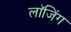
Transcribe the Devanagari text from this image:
लाॅजिंग